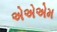
એએએમ